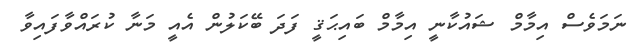
ނަމަވެސް އިމާމް ޝައުކާނީ އިމާމް ބައިޙަޤީ ފަދަ ބޭކަލުން އެއީ މަނާ ކުރައްވާފައިވާ